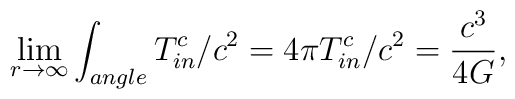
\lim_{r \rightarrow \infty} \int_{angle} T_{in}^c /c^2    = 4 \pi T_{in}^c / c^2    = \frac{c^3}{4G} ,